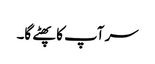
سر آپ کا پھٹے گا۔